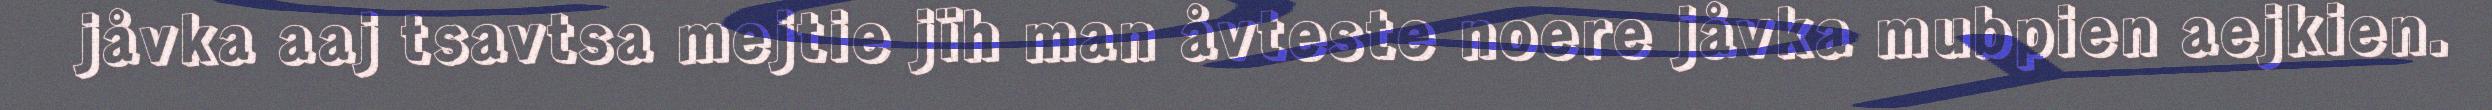
jåvka aaj tsavtsa mejtie jïh man åvteste noere jåvka mubpien aejkien.